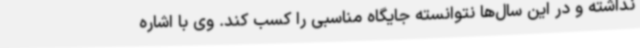
نداشته و در این سال‌ها نتوانسته جایگاه مناسبی را کسب کند. وی با اشاره